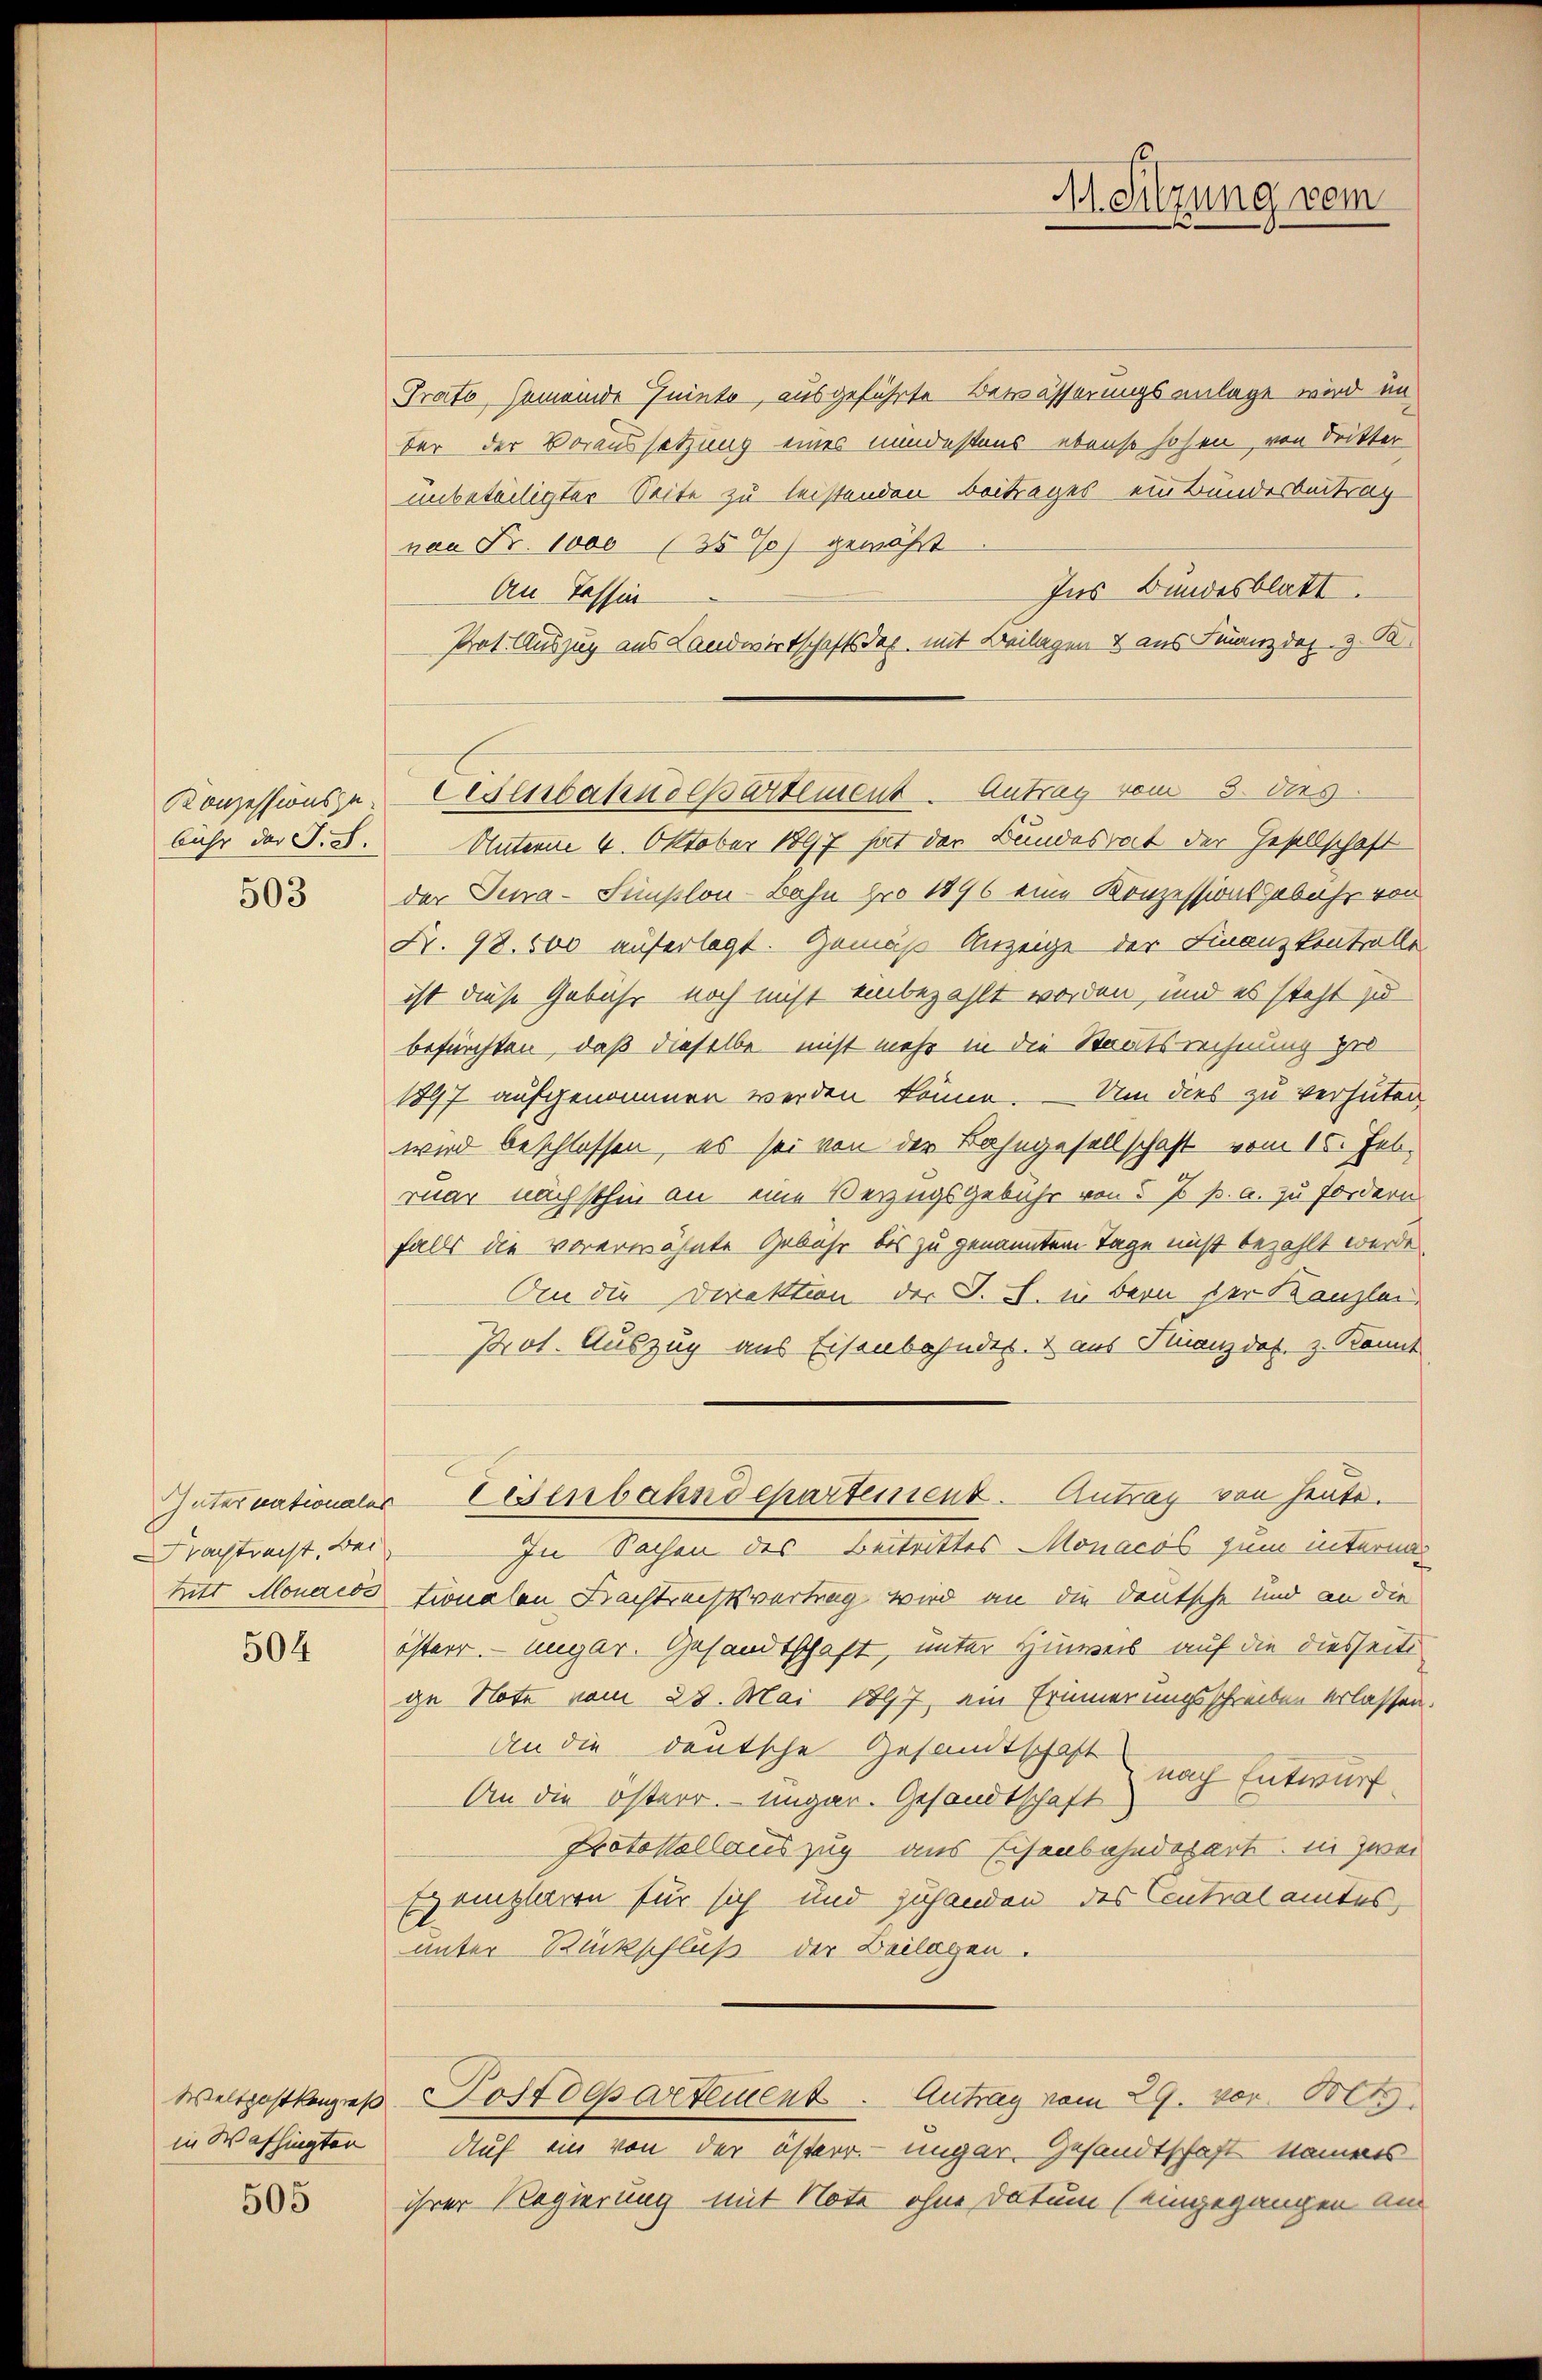
Konzessionsze
bühr der S.S.

503

Nachtrecht. Bei

504

in Washingten

505

Trato Gemeinde Juinto, ausgeführte Bewässerungsanlage wird im
ber der Voraussetzung eines mindestens ebenso hohen, von Dritter
unbeteiligter Seite zu leistenden Beitrages ein Bundesbeitrag
von Fr. 1000 (35 %) gewährt
Ins Bundesblatt.
An Tessin
Prot. Auszug aus Landwirtschaftsdep. mit Beilagen & aus Finanzdas. z. R.
Unterm 4. Oktober 1897 hat der Bundesrat der Gesellschaft
der Tura-Simplon-Bahn pro 1896 eine Konzessionsgebühr von
Nr. 98. 500 auferlegt. Gemäß Anzeige der Finanzkontrolle
ist diese Gebühr noch nicht einbezahlt worden, und es steht zu
befürchten, daß dieselbe nicht mehr in die Staatsrechnung pro
1897 aufgenommen werden könne. Um dies zu verhüten
wird beschlossen, es sei von der Bahngesellschaft vom 15. Feb.
ruar nächsthin an eine Verzugsgebühr von 5 p p. a. zu fordern
falls die vorerwähnte Gebühr bis zu genanntem Tage nicht bezahlt werde.
An die Direktion der S. II. in Bern der Kanzlei,
Prot. Auszug aus Eisenbandes. 2 aus Finanzdas. z. Konnt
Internationaler Eisenbahndepartement. Antrag von heute.
In Sachen des Beitrittes Monacös zum interm
tritt Monarios tionalen Nachtrechtsvertrag wird an die deutsche und an die
österr. ungar. Gesandtschaft, unter Hinweil auf die diesseiti
ge Note vom 28. Mai 1897, ein Erinnerungsschreiben erlassen.
An die deutsche Gesandtschaft
nach Entwurf.
An die österr. Ungar. Gesandtschaft
Protokollauszug aus Eisenbahndepart in zwei
tremplaren für sich und zuhanden des Contralamtes
E
unter Rückschluß der Beilagen.
Weltpostkarges Postdepartement. Antrag vom 29. vor. Bet
Auf ein von der österr. ungar. Gesandtschaft kamens
ihrer Regierung mit Note ohne Datum (eingegangen an

Lesenbahndepartement - Antrag vom 3. der

M. Sitzung vom